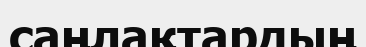
саңлақтардың